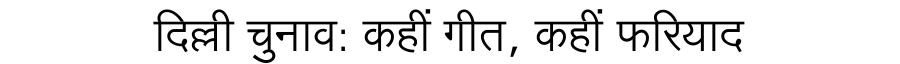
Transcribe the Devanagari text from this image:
दिल्ली चुनाव: कहीं गीत, कहीं फरियाद